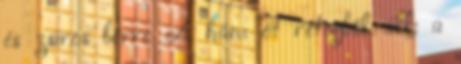
és zsíros bőrre A hám öt rétegből áll: a